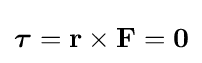
{\boldsymbol {\tau }}=\mathbf {r} \times \mathbf {F} =\mathbf {0}